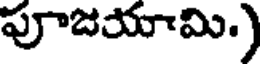
పూజయామి.)